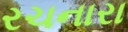
રચનારા